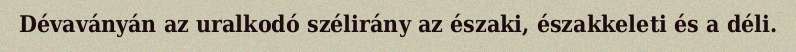
Dévaványán az uralkodó szélirány az északi, északkeleti és a déli.